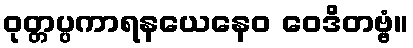
ဝုတ္တပ္ပကာရနယေနေဝ ဝေဒိတဗ္ဗံ။